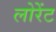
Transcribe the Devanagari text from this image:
लोरेंट